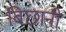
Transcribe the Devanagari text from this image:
बिछानी